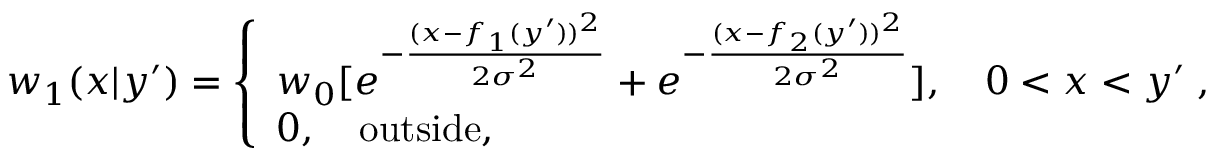
w _ { 1 } ( x | y ^ { \prime } ) = \left\{ \begin{array} { l } { { w _ { 0 } } [ e ^ { - { \frac { ( x - f _ { 1 } ( y ^ { \prime } ) ) ^ { 2 } } { 2 \sigma ^ { 2 } } } } + e ^ { - { \frac { ( x - f _ { 2 } ( y ^ { \prime } ) ) ^ { 2 } } { 2 \sigma ^ { 2 } } } } ] , \quad 0 < x < y ^ { \prime } \; , } \\ { 0 , \quad \mathrm { o u t s i d e , } } \end{array} \right.